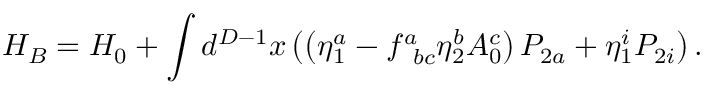
H _ { B } = H _ { 0 } + \int d ^ { D - 1 } x \left( \left( \eta _ { 1 } ^ { a } - f _ { \; \; b c } ^ { a } \eta _ { 2 } ^ { b } A _ { 0 } ^ { c } \right) { \cal P } _ { 2 a } + \eta _ { 1 } ^ { i } { \cal P } _ { 2 i } \right) .